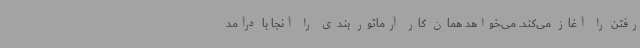
رفتن را آغاز می‌کند. می‌خواهد همان کار آرماتور بندی را آنجا با درآمد